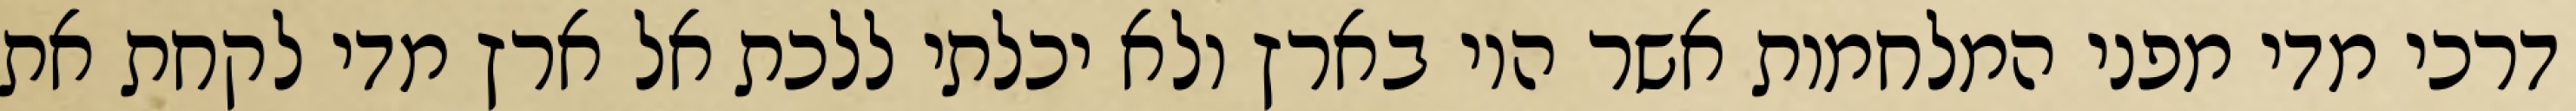
דרכי מדי מפני המלחמות אשר היו בארץ ולא יכלתי ללכת אל ארץ מדי לקחת את